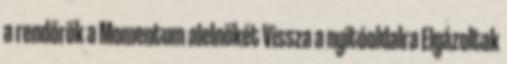
a rendőrök a Momentum alelnökét Vissza a nyitóoldalra Elgázoltak